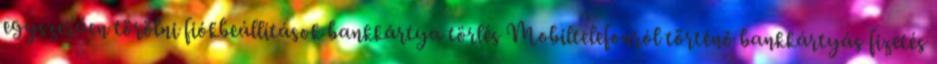
egyszerűen törölni fiókbeállítások bankkártya törlés Mobiltelefonról történő bankkártyás fizetés